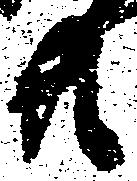
共